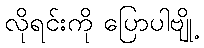
လိုရင်းကို ပြောပါဗျို့